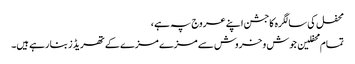
محفل کی سالگرہ کاجشن اپنے عروج پہ ہے ،
تمام محفلین جوش و خروش سے مزے مزے کے تھریڈز بنا رہے ہیں۔